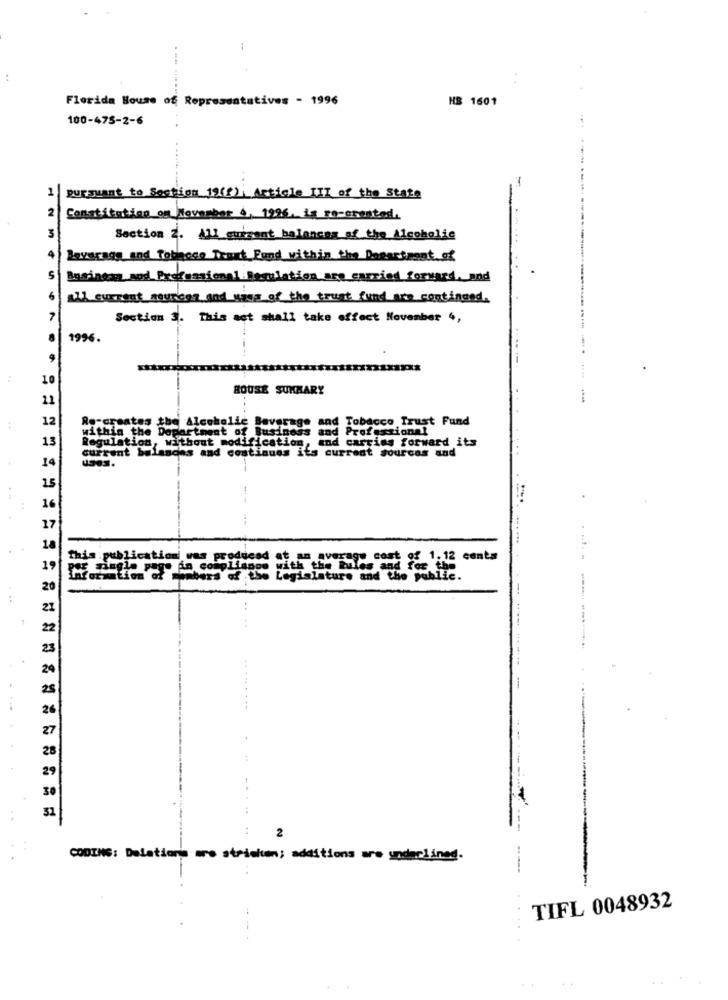
Florida House of Representatives - 1996
HS 1601
100-475-2-6
1 |pursuant to Section 19(f), Article III of the State
2
Constitution on November 6, 1996, is recorentes.
3
Section 2. All_surgent balances of the Alcoholic
leverage and Toboso Trust Fund within the Dosactment of
Business wod Professional:lesulation are carried forward, and
all current sources and wine of the trust fund are continued.
Section 3. This act shall take effect November 4,
1996.
....
HOUSE SUMMARY
12
Tobacco Trust Fund
within the Department of Business and Professional
sates the Alcoholic Beverage
13
Regulation, without modification, and carrims forward its
current b
Boas and continues its current sources and
15
this publication was produced at an average cost of 1.12 centa
aaabers of the Legislature and the $Extra.
-.
..
--
2
CODING: Deletions are strieiten; additions are underlined.
----
TIFL 0048932